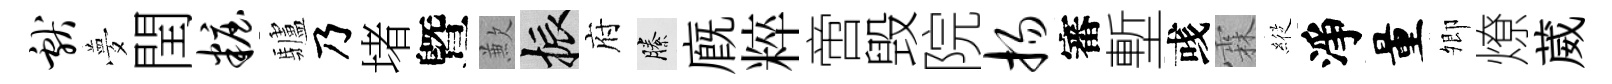
献夢閏妆驢乃堵曁歉振府縢廐粹啻毁院扬審塹彧霖𦂵淨量𡖖燎葳